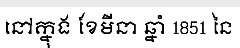
នៅក្នុង ខែមីនា ឆ្នាំ 1851 នៃ